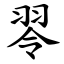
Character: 䎆